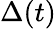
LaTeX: \Delta(t)